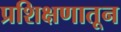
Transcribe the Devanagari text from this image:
प्रशिक्षणातून